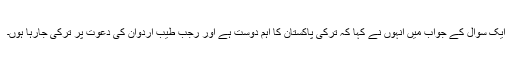
ایک سوال کے جواب میں انہوں نے کہا کہ ترکی پاکستان کا اہم دوست ہے اور رجب طیب اردوان کی دعوت پر ترکی جارہا ہوں۔